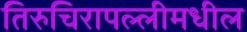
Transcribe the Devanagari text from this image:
तिरुचिरापल्लीमधील